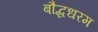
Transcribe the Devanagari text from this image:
बौद्धधरम